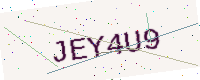
Text: JEY4U9